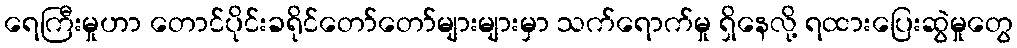
ရေကြီးမှုဟာ တောင်ပိုင်းခရိုင်တော်တော်များများမှာ သက်ရောက်မှု ရှိနေလို့ ရထားပြေးဆွဲမှုတွေ